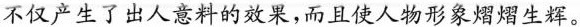
不仅产生了出人意料的效果，而且使人物形象熠熠生辉。